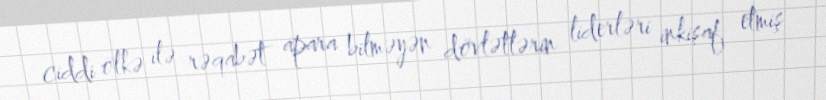
ciddi ölkə ilə rəqabət apara bilməyən dövlətlərin liderləri inkişaf etmiş